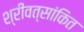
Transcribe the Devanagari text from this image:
श्रीवत्सांकित